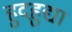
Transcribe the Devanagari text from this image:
हुदहुद्या